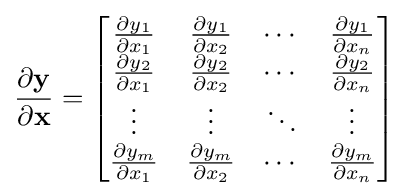
{\frac {\partial \mathbf {y} }{\partial \mathbf {x} }}={\begin{bmatrix}{\frac {\partial y_{1}}{\partial x_{1}}}&{\frac {\partial y_{1}}{\partial x_{2}}}&\cdots &{\frac {\partial y_{1}}{\partial x_{n}}}\\{\frac {\partial y_{2}}{\partial x_{1}}}&{\frac {\partial y_{2}}{\partial x_{2}}}&\cdots &{\frac {\partial y_{2}}{\partial x_{n}}}\\\vdots &\vdots &\ddots &\vdots \\{\frac {\partial y_{m}}{\partial x_{1}}}&{\frac {\partial y_{m}}{\partial x_{2}}}&\cdots &{\frac {\partial y_{m}}{\partial x_{n}}}\\\end{bmatrix}}